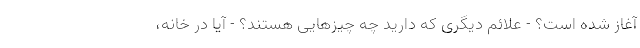
آغاز شده است؟ - علائم دیگری که دارید چه چیزهایی هستند؟ - آیا در خانه،